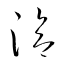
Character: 洽